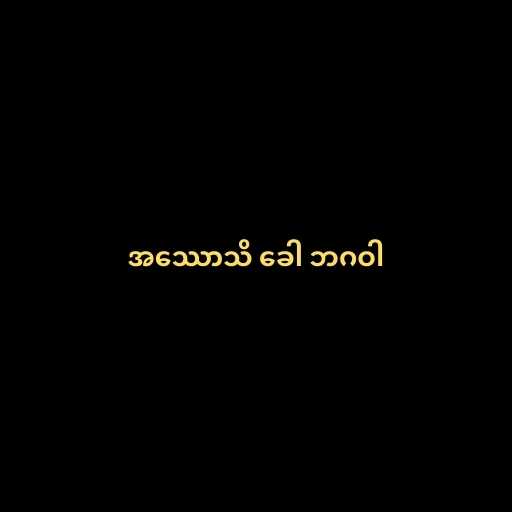
အဿောသိ ခေါ ဘဂဝါ